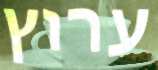
ערוץ